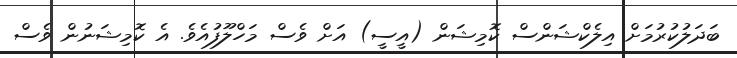
ބަދަލުކުރުމަށް އިލެކްޝަންސް ކޮމިޝަން (އީސީ) އަށް ވެސް މަހްލޫފުއެވެ. އެ ކޮމިޝަނުން ވެސް